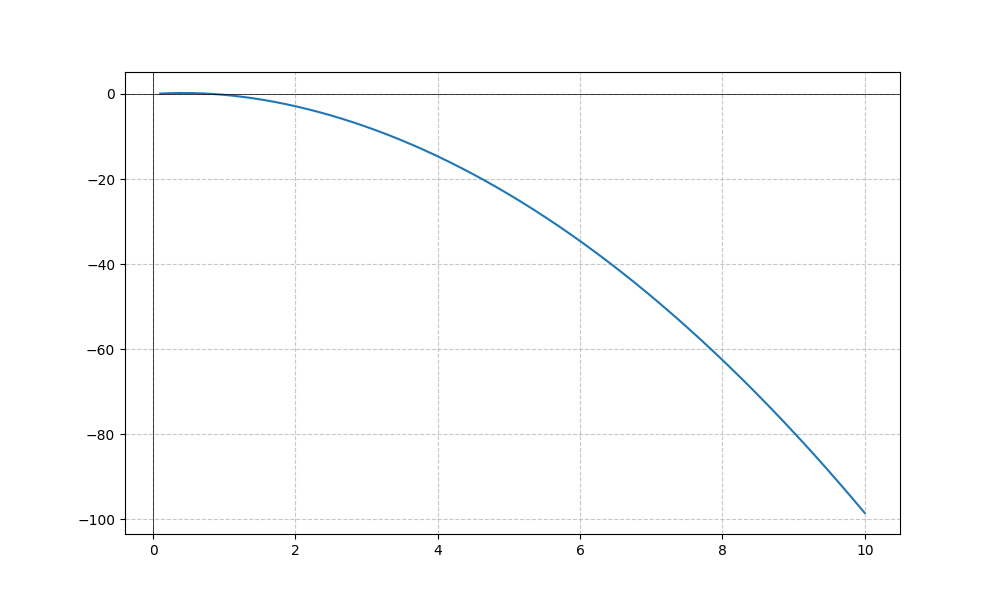
LaTeX formula: - x^{2} + \operatorname{atan}{\left(x \right)}